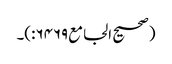
(صحیح الجامع۶۴۶۹:)۔